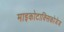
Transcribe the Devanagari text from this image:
माइकोटाक्सिकोजेज